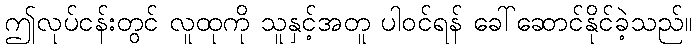
ဤလုပ်ငန်းတွင် လူထုကို သူနှင့်အတူ ပါဝင်ရန် ခေါ်ဆောင်နိုင်ခဲ့သည်။